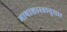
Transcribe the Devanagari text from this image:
भाषाशास्त्रानुसार